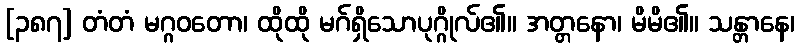
[၃၈၇] တံတံ မဂ္ဂဝတော၊ ထိုထို မဂ်ရှိသောပုဂ္ဂိုလ်၏။ အတ္တနော၊ မိမိ၏။ သန္တာနေ၊